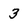
Character: 3